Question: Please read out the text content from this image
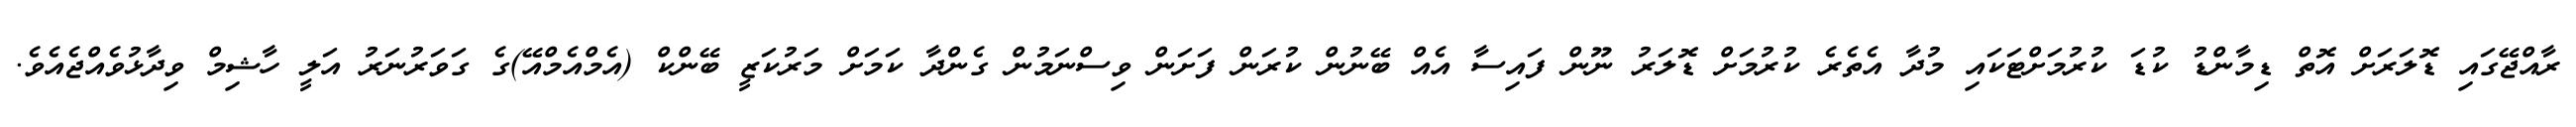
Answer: ރާއްޖޭގައި ޑޮލަރަށް އޮތް ޑިމާންޑު ކުޑަ ކުރުމަށްޓަކައި މުދާ އެތެރެ ކުރުމަށް ޑޮލަރު ނޫން ފައިސާ އެއް ބޭނުން ކުރަން ފަށަން ވިސްނަމުން ގެންދާ ކަމަށް މަރުކަޒީ ބޭންކް (އެމްއެމްއޭ)ގެ ގަވަރުނަރު އަލީ ހާޝިމް ވިދާޅުވެއްޖެއެވެ.